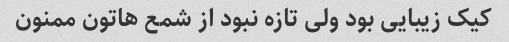
کیک زیبایی بود ولی تازه نبود از شمع هاتون ممنون